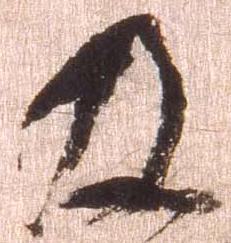
及